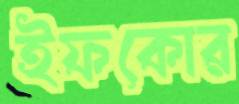
ইফকোর